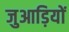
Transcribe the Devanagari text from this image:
जुआड़ियों